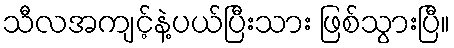
သီလအကျင့်နဲ့ပယ်ပြီးသား ဖြစ်သွားပြီ။